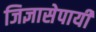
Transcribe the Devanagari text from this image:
जिज्ञासेपायी